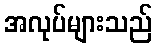
အလုပ်များသည်